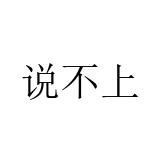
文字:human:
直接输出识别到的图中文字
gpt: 说不上